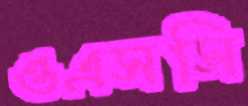
ওএসসি